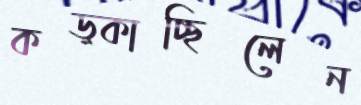
কড়্‌কাচ্ছিলেন